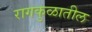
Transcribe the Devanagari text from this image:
रागकुळातील